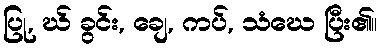
ပြု, ဃ် ခွင်း, ချေ, ကပ်, သံဃေ ပြီး၏။